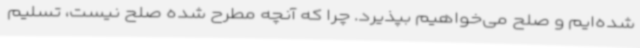
شده‌ایم و صلح می‌خواهیم بپذیرد. چرا که آنچه مطرح شده صلح نیست، تسلیم